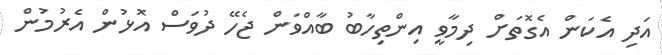
އަދި އެކަން އެގޮތަށް ދިމާވީ އިންތިހާބު ބާއްވަން ޖެހޭ ދުވަސް އޮޅުން އެރުމުން